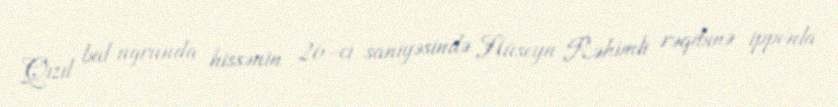
Qızıl bal uğrunda hissənin 26-cı saniyəsində Hüseyn Rəhimli rəqibinə ipponla